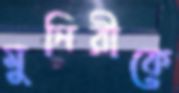
মুনিরীকে